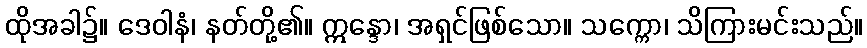
ထိုအခါ၌။ ဒေဝါနံ၊ နတ်တို့၏။ ဣန္ဒော၊ အရှင်ဖြစ်သော။ သက္ကော၊ သိကြားမင်းသည်။